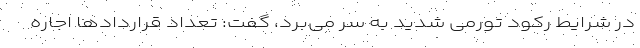
در شرایط رکود تورمی شدید به سر می‌برد، گفت: تعداد قرارداد‌ها اجاره